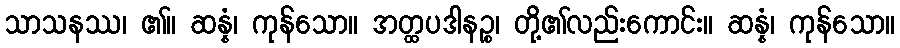
သာသနဿ၊ ၏။ ဆန္နံ၊ ကုန်သော။ အတ္ထပဒါနဉ္စ၊ တို့၏လည်းကောင်း။ ဆန္နံ၊ ကုန်သော။